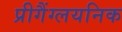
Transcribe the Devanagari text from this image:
प्रीगैंग्लयनिक